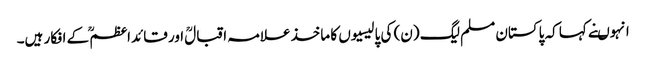
انہوںنے کہا کہ پاکستان مسلم لیگ (ن) کی پالیسیوں کا ماخذ علامہ اقبالؒ اور قائداعظمؒ کے افکار ہیں۔